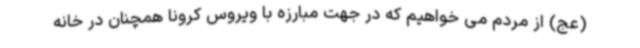
(عج) از مردم می خواهیم که در جهت مبارزه با ویروس کرونا همچنان در خانه